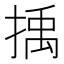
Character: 𢯺